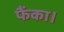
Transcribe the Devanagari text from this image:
फैंका।